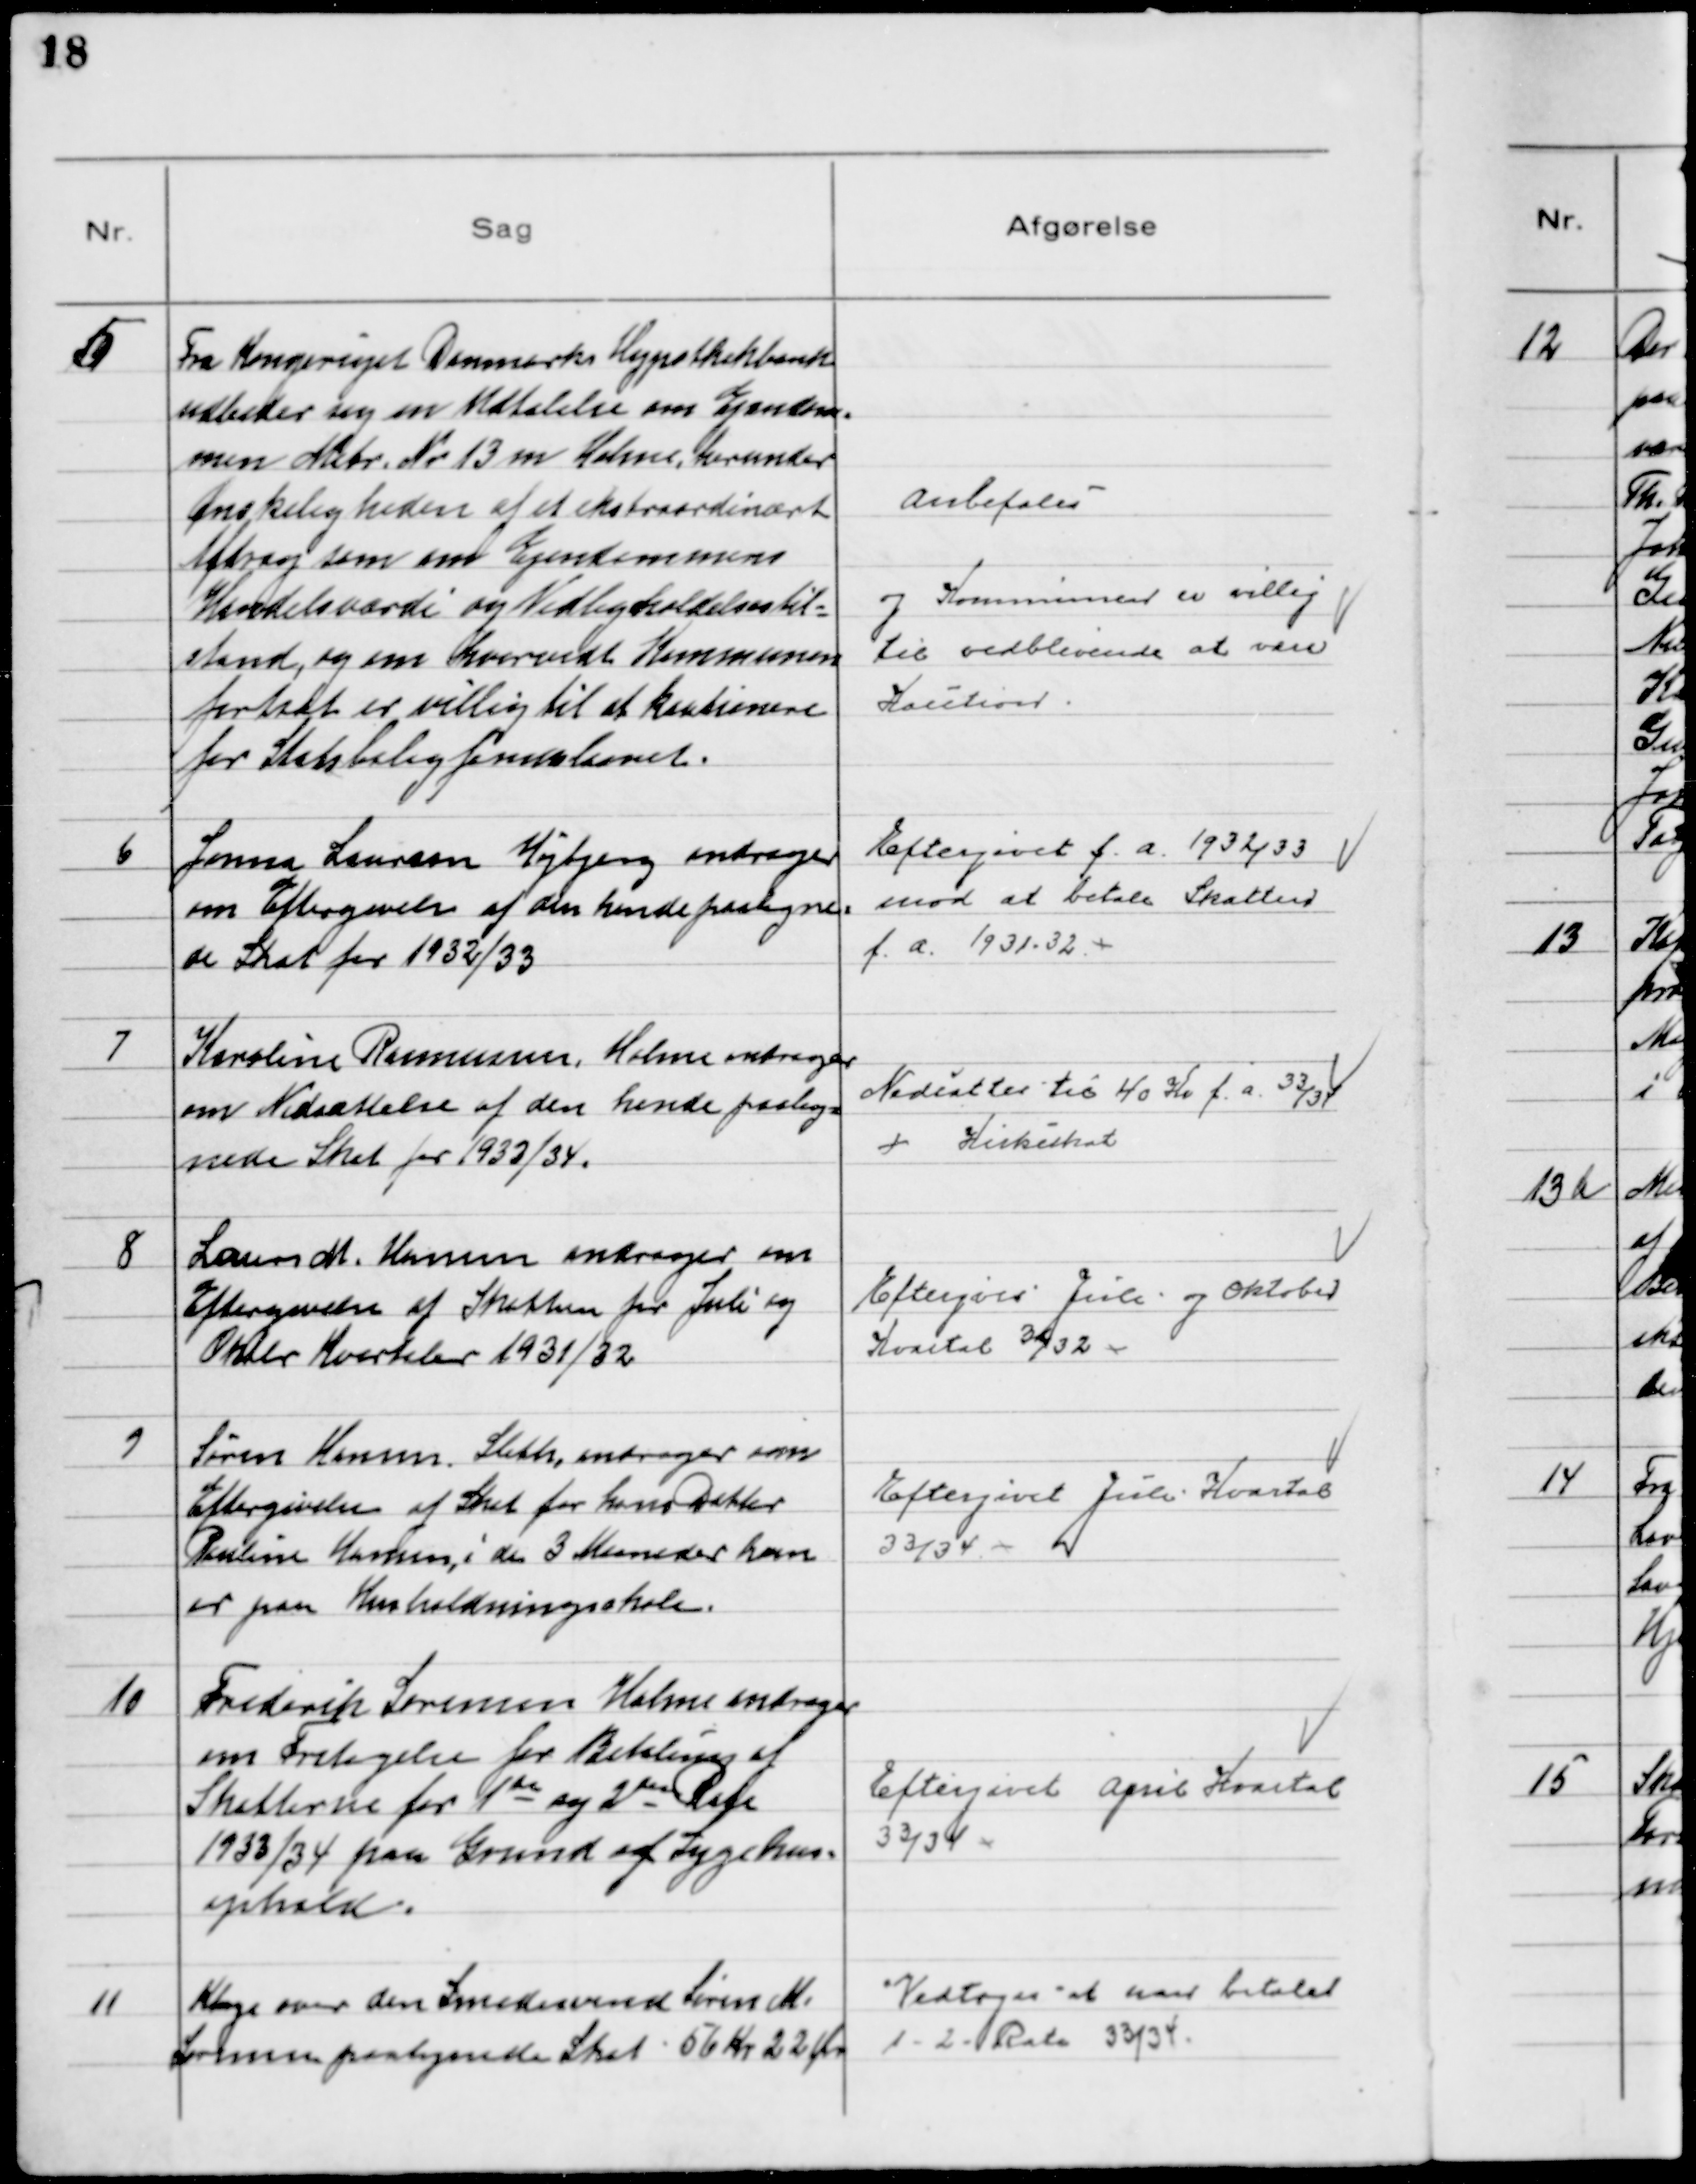
Transskription:
5
Fra Kongeriget Danmarks Hypothekbank
udbeder sig en Udtalelse om Ejendom-
men Matr. № 13 m Holme, herunder
Ønskeligheden af et ekstraordinært
Afdrag som om Ejendommens
Handelsværdi og Vedligeholdelsestil-
stand, og om hvorvidt Kommunen
fortsat er villig til at kautionere
for Statsboligfinanslaanet.

Anbefales
og Kommunen er villig
til vedblivende at være
Kaution.

6
Jonna Laursen Højbjerg andrager
om Eftergivelse af den hende paaligne-
de Skat for 1932/33

Eftergivet f. a. 1932/33
mod at betale Skatten
f. a. 1931/32

7
Karoline Rasmussen, Holme andrager
om Nedsættelse af den hende paalig-
nede Skat for 1933/34.

Nedsattes til 40 Kr f. a. 33/34
+ Kirkeskat

8
Laurs M. Hansen andrager om
Eftergivelse af Skatten for Juli og
Oktbr Kvartaler 1931/32

Eftergives Juli og Oktober
Kvartal 31/32

9
Søren Hansen Sleth, andrager om
Eftergivelse af Skat for hans Datter
Pauline Hansen, i de 3 Maaneder hun
er paa Husholdningsskole.

Eftergivet Juli Kvartal
33/34.

10
Frederik Sørensen Holme andrager
om Fritagelse for Betaling af
Skatterne for 1de og 2den Rate
1933/34 paa Grund af Sygehus-
ophold.

Eftergivet April Kvartal
33/34

11
Klage over den Smedesvend Søren M.
Sørensen paalignede Skat 56 Kr 22 Øre

Vedtoges at han betaler
1 - 2 - Rate 33/34.